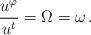
LaTeX: \begin{align*}\frac{u^\varphi }{u^t}=\Omega =\omega \,.\end{align*}